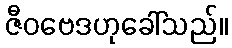
ဇီဝဗေဒဟုခေါ်သည်။